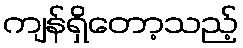
ကျန်ရှိတော့သည့်